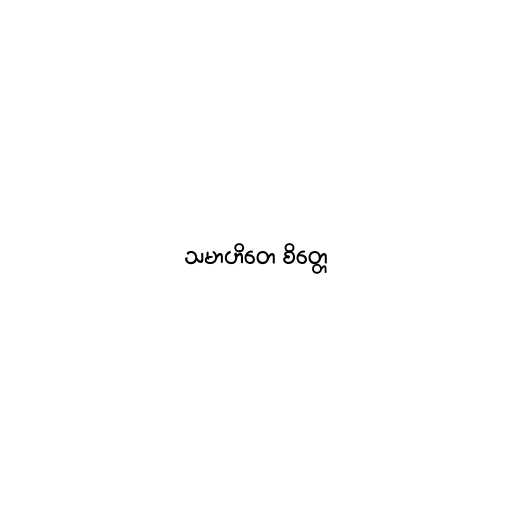
သမာဟိတေ စိတ္တေ